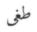
طغى